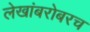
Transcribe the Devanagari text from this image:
लेखांबरोबरच